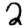
Digit: 2